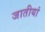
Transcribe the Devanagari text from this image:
जातीयां